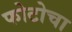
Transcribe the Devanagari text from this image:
फोटोचा